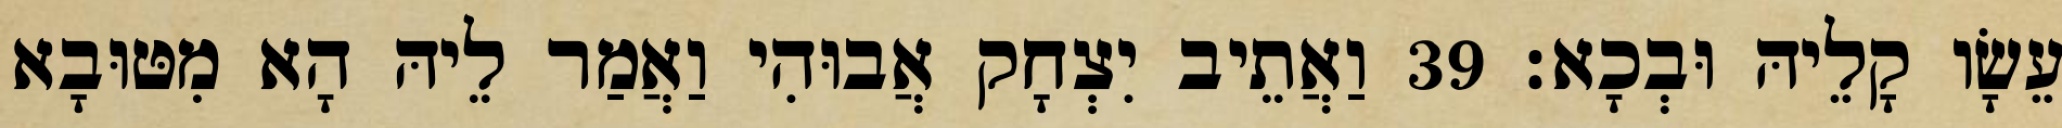
עֵשָׂו קָלֵיהּ וּבְכָא׃ 39 וַאֲתֵיב יִצְחָק אֲבוּהִי וַאֲמַר לֵיהּ הָא מִטּוּבָא